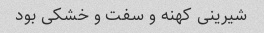
شیرینی کهنه و سفت و خشکی بود